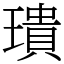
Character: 璝